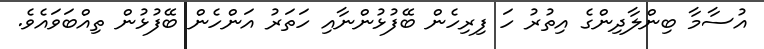
އުސާމާ ބިންލާދިންގެ އިތުރު ހަ ފިރިހެން ބޭފުޅުންނާއި ހަތަރު އަންހެން ބޭފުޅުން ތިއްބަވައެވެ.